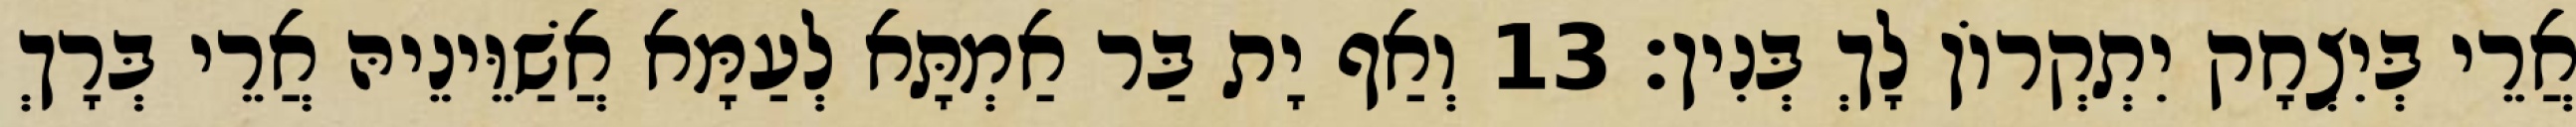
אֲרֵי בְּיִצְחָק יִתְקְרוֹן לָךְ בְּנִין׃ 13 וְאַף יָת בַּר אַמְתָּא לְעַמָּא אֲשַׁוֵּינֵיהּ אֲרֵי בְּרָךְ